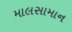
માલસામાન